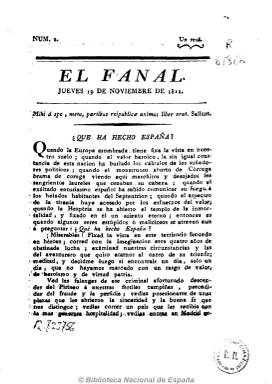
Título: El Fanal (Sevilla)
Colección: Periódicos anteriores a 1850
Ámbito geográfico: Sevilla
Lugar de publicación: Sevilla
Fechas: 19/11/1812-30/11/1812

Periódico político y noticioso, de tendencia constitucionalista y liberal templada, probablemente semanal, que sale, en números de ocho páginas, durante el mes de noviembre de 1812, de la imprenta de la viuda de Vázquez y Compañía. Defiende la actitud del liberal cabildo catedralicio hispalense durante la ocupación del ejército napoleónico en una ciudad donde los serviles eran mayoría y acusan a las autoridades eclesiásticas de afrancesamiento. Dedica sus artículos doctrinales a criticar la usurpación que del patriotismo se está llevando a cabo. Publica también noticias tanto de España como de Europa sobre el transcurso de la guerra contra el ejército imperial francés.